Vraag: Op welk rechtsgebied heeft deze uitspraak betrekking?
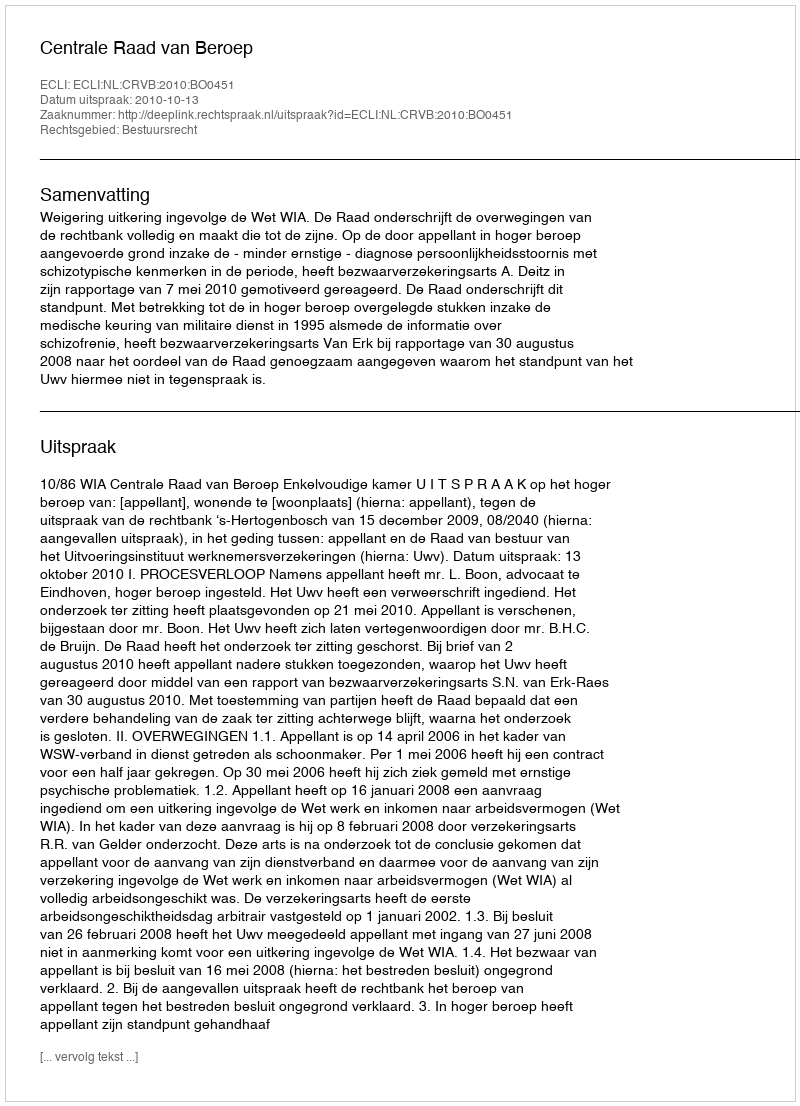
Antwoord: Bestuursrecht